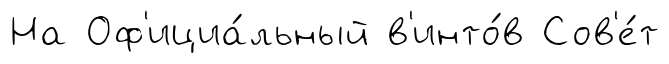
На Оф'ициа́льный в'инто́в Сов'е́т